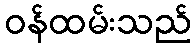
ဝန်ထမ်းသည်